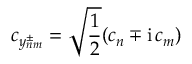
c _ { y _ { n m } ^ { \pm } } = \sqrt { \frac { 1 } { 2 } } ( c _ { n } \mp \mathrm { i } \, c _ { m } )